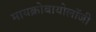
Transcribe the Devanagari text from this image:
मायक्रोबायोलॉजी